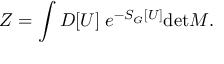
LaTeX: Z = \int { } { \cal D } [ U ] \; e ^ { - S _ { G } [ U ] } \mathrm { d e t } M .